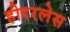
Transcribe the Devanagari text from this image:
हीदरलेस